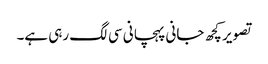
تصویر کچھ جانی پہچانی سی لگ رہی ہے۔